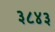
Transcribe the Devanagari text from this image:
३८४३